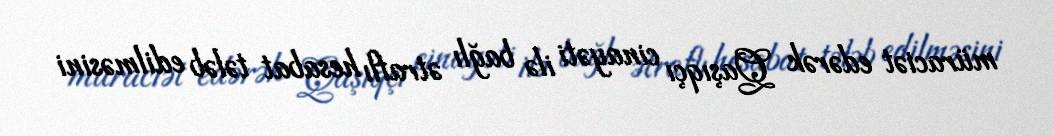
müraciət edərək Qaşıqçı cinayəti ilə bağlı ətraflı hesabat tələb edilməsini